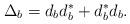
LaTeX: \begin{align*}\Delta_b=d_bd_b^\ast+d_b^\ast d_b.\end{align*}